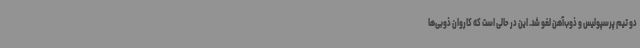
دو تیم پرسپولیس و ذوب‌آهن لغو شد. این در حالی است که کاروان ذوبی‌ها